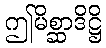
ဤမိစ္ဆာဒိဋ္ဌိ